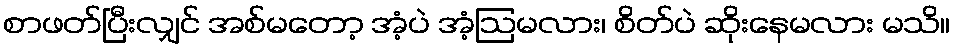
စာဖတ်ပြီးလျှင် အစ်မတော့ အံ့ပဲ အံ့ဩမလား၊ စိတ်ပဲ ဆိုးနေမလား မသိ။